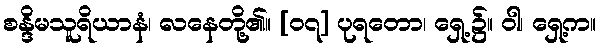
စန္ဒိမသူရိယာနံ၊ လနေတို့၏။ [၀၇] ပုရတော၊ ရှေ့၌။ ဝါ၊ ရှေ့က။